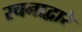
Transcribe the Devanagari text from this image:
रचनाद्वारे